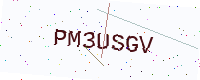
Text: PM3USGV